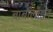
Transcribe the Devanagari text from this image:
बार्बालॉइन